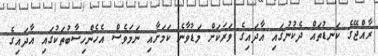
ރާއްޖޭގެ ކަނޑުތައް ދެކުނުގައި އާދައިގެ ވަރަކަށް މަޑުވާނެ ކަމަށާއި ނަމަވެސް އެހެންހިސާބުތަކުގައި އާދައިގެ